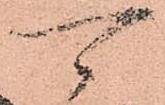
可